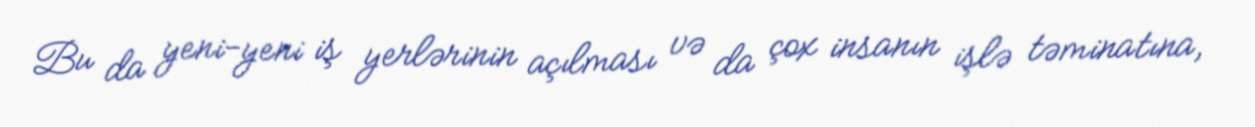
Bu da yeni-yeni iş yerlərinin açılması və da çox insanın işlə təminatına,